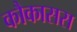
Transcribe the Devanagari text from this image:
कौकासस